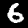
Digit: 6